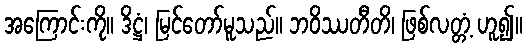
အကြောင်းကို။ ဒိဋ္ဌံ၊ မြင်တော်မူသည်။ ဘဝိဿတီတိ၊ ဖြစ်လတ္တံ့ ဟူ၍။